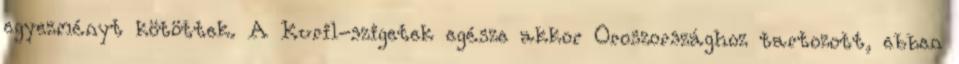
egyezményt kötöttek. A Kuril-szigetek egésze akkor Oroszországhoz tartozott, ebben